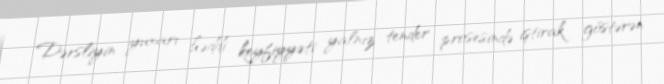
Dərsliyin yuxarı həddi keyfiyyəti yalnız tender prosesində iştirak göstərən